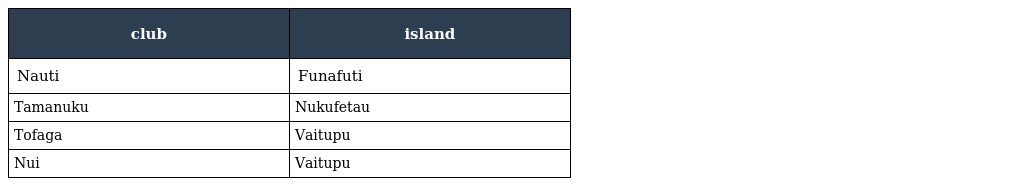
| club | island |
 | --- | --- |
 | Nauti | Funafuti |
 | Tamanuku | Nukufetau |
 | Tofaga | Vaitupu |
 | Nui | Vaitupu |